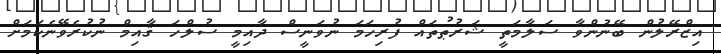
އިޒްރޭލުން ބޭނުންވާ ސަލާމަތީ ޝަރުޠުތައް ފުރިހަމަ ނުވަނީސް ދާއިމީ ސުލްހަ ޤާއިމް ނުކުރެވޭނެކަމަށް